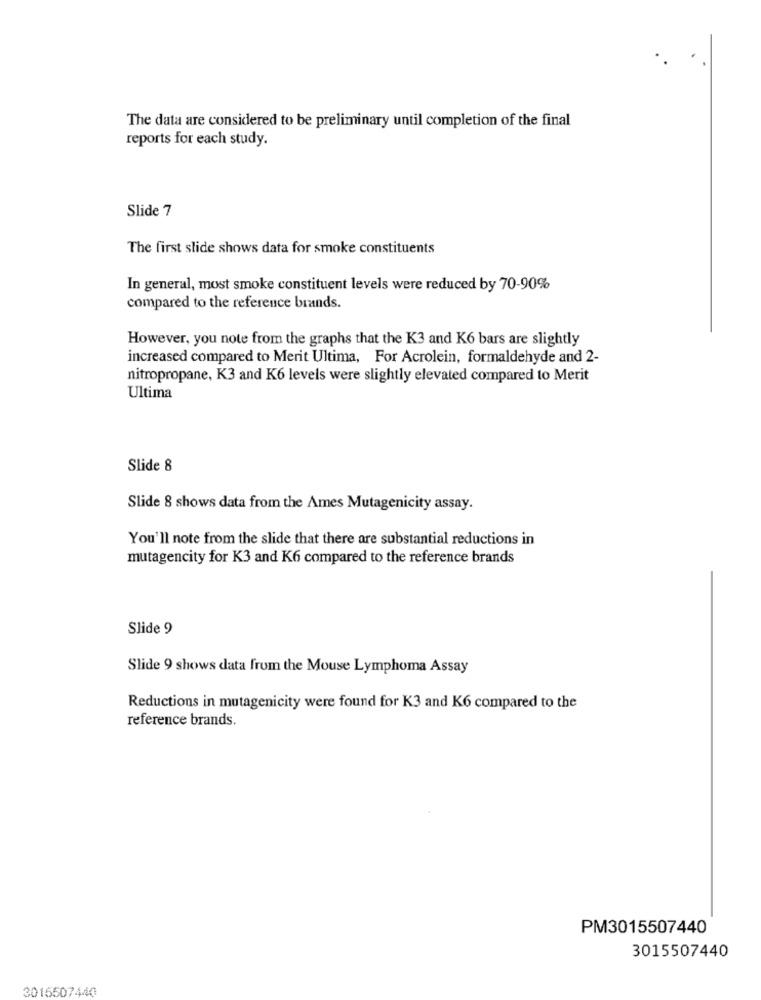
The data are considered to be preliminary until completion of the final
reports for each study.
Slide 7
The first slide shows data for smoke constituents
In general, most smoke constituent levels were reduced by 70-90%
compared to the reference brands.
However, you note from the graphs that the K3 and K6 bars are slightly
increased compared to Merit Ultima, For Acrolein, formaldehyde and 2-
nitropropane, K3 and K6 levels were slightly elevated compared to Merit
Ultima
Slide 8
Slide 8 shows data from the Ames Mutagenicity assay.
You'll note from the slide that there are substantial reductions in
mutagencity for K3 and K6 compared to the reference brands
Slide 9
Slide 9 shows data from the Mouse Lymphoma Assay
Reductions in mutagenicity were found for K3 and K6 compared to the
reference brands.
PM3015507440
3015507440
3015507440